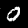
Digit: 0